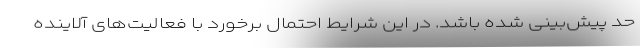
حد پیش‌بینی شده باشد. در این شرایط احتمال برخورد با فعالیت‌های آلاینده